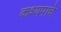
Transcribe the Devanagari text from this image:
कश्यपाचे